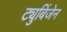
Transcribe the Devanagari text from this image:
ट्युबिंजेन